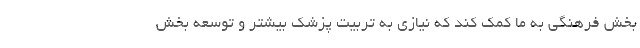
بخش فرهنگی به ما کمک کند که نیازی به تربیت پزشک بیشتر و توسعه بخش